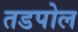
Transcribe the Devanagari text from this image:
तडपोल